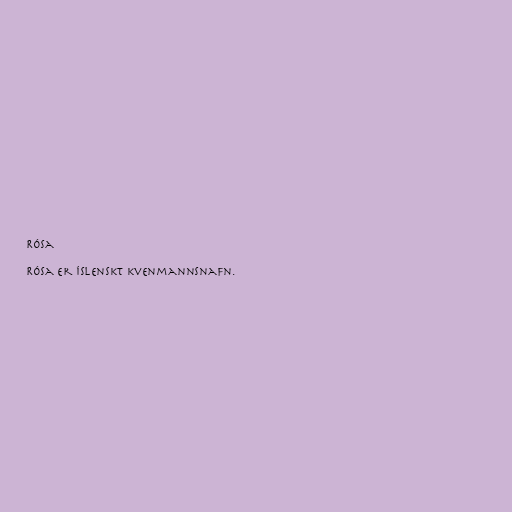
Rósa

Rósa er íslenskt kvenmannsnafn.